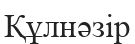
Құлнәзір